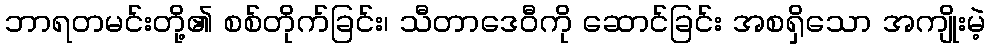
ဘာရတမင်းတို့၏ စစ်တိုက်ခြင်း၊ သီတာဒေဝီကို ဆောင်ခြင်း အစရှိသော အကျိုးမဲ့